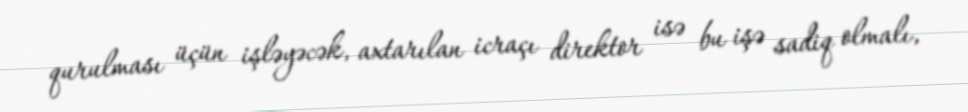
qurulması üçün işləyəcək, axtarılan icraçı direktor isə bu işə sadiq olmalı,